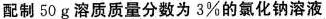
配制50g溶质质量分数为3%的氯化钠溶液